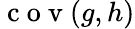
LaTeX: \mathrm{~c~o~v~}(g,h)